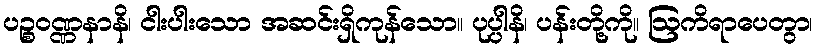
ပဉ္စဝဏ္ဏနာနိ၊ ငါးပါးသော အဆင်းရှိကုန်သော။ ပုပ္ပါနိ၊ ပန်းတို့ကို။ ဩကိရာပေတွာ၊